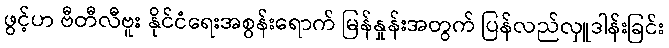
ဖွင့်ဟ ဗီတီလီဗူး နိုင်ငံရေးအစွန်းရောက် မြန်နှုန်းအတွက် ပြန်လည်လှူဒါန်းခြင်း